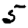
Digit: 5